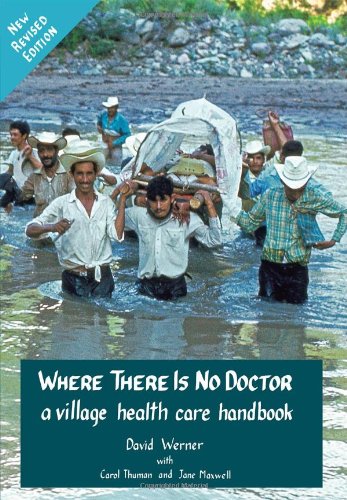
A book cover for Where There Is No Doctor: A Village Health Care Handbook, Revised Edition; David Werner; Medical Books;